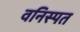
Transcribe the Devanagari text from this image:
वनिस्पत